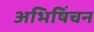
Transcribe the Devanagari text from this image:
अभिषिंचन